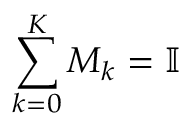
\sum _ { k = 0 } ^ { K } M _ { k } = \mathbb { I }